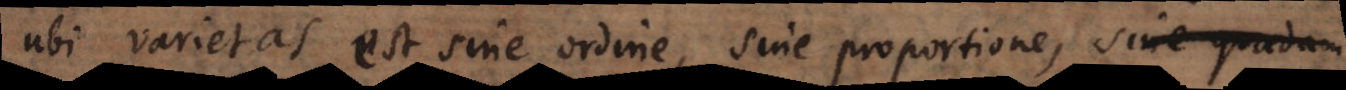
ubi varietas est sine ordine, sine proportione, sine quadam